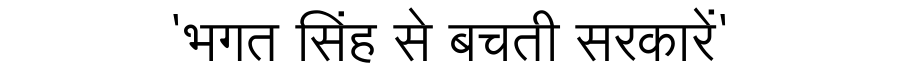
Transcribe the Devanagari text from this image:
'भगत सिंह से बचती सरकारें'